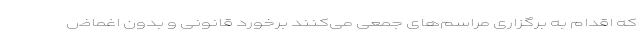
که اقدام به برگزاری مراسم‌های جمعی می‌کنند برخورد قانونی و بدون اغماض